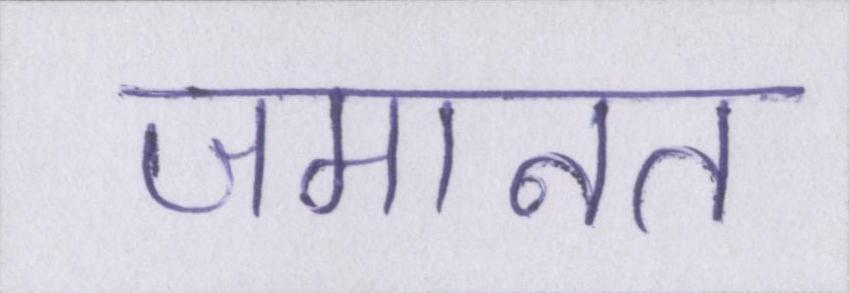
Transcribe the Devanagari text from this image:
जमानत